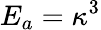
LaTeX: E_{a}=\kappa^{3}